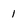
Character: 1